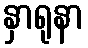
နှာရုနာ